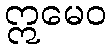
ဣမေဝ